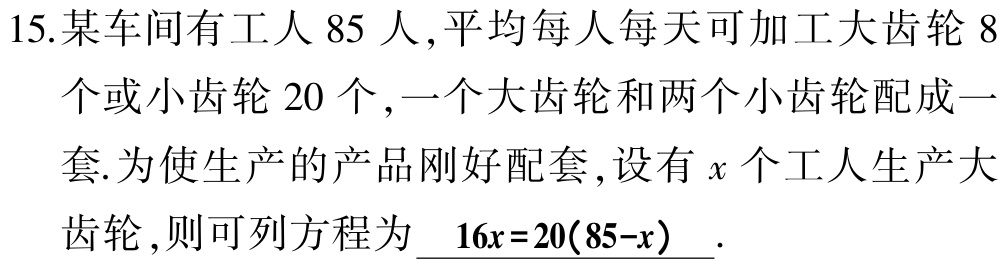
15.某车间有工人 85 人,平均每人每天可加工大齿轮 8

个或小齿轮 20 个,一个大齿轮和两个小齿轮配成一

套.为使生产的产品刚好配套,设有\(x\)个工人生产大

齿轮,则可列方程为 \(\underline{ 16x = 20(85 - x)}\).